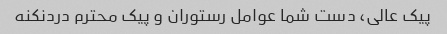
پیک عالی، دست شما عوامل رستوران و پیک محترم دردنکنه